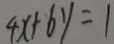
4 x + 6 y = 1